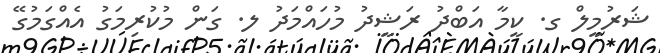
ޝަރުމީލް ގ. ކީމާ އަބްދު ރަޝީދު މުހައްމަދު ލ. ގަން މުކުރިމަގު އެއްގަމުގޭ